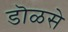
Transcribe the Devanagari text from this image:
डॊळसे